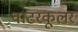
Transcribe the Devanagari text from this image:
वाटरकूलर